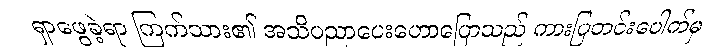
ရှာဖွေခဲ့ရာ ကြက်သား၏ အသိပညာပေးဟောပြောသည် ကားပြတင်းပေါက်မှ